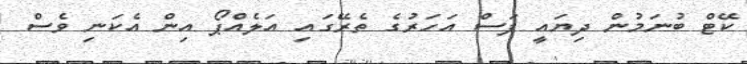
ކޭޓް ބުނަމުން ދިޔައީ ފަސް އަހަރުގެ ތެރޭގައި އަލެއްޕޯ އިން އެކަނި ވެސް